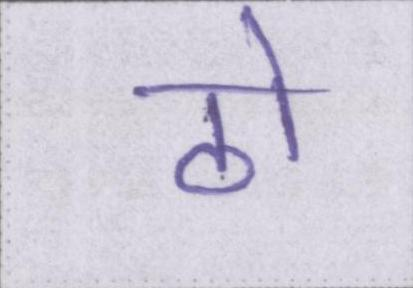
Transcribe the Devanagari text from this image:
ठो